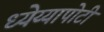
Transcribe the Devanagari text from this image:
ध्‍येय्यापोटी